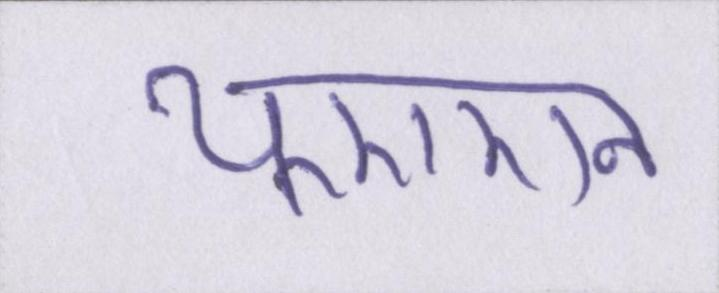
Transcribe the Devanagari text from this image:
यूएएन